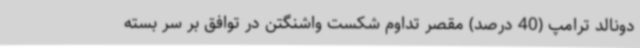
دونالد ترامپ (40 درصد) مقصر تداوم شکست واشنگتن در توافق بر سر بسته